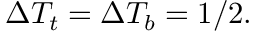
\Delta T _ { t } = \Delta T _ { b } = 1 / 2 .